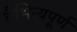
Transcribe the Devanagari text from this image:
वैभिन्यपूर्ण